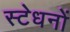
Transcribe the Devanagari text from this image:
स्टेधनों